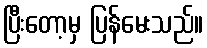
ပြီးတော့မှ ပြန်မေးသည်။